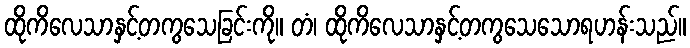
ထိုကိလေသာနှင့်တကွသေခြင်းကို။ တံ၊ ထိုကိလေသာနှင့်တကွသေသောရဟန်းသည်။